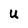
Character: u